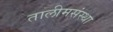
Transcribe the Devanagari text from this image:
तालीमसंस्था